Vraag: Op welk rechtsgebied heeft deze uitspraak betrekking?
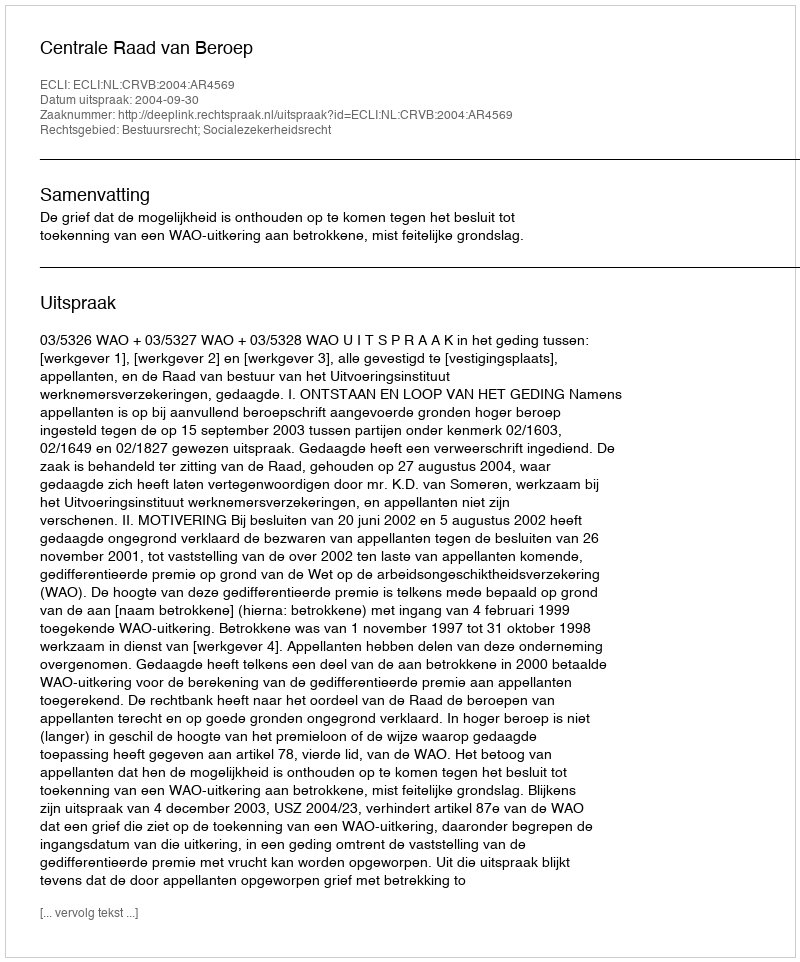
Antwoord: Bestuursrecht; Socialezekerheidsrecht